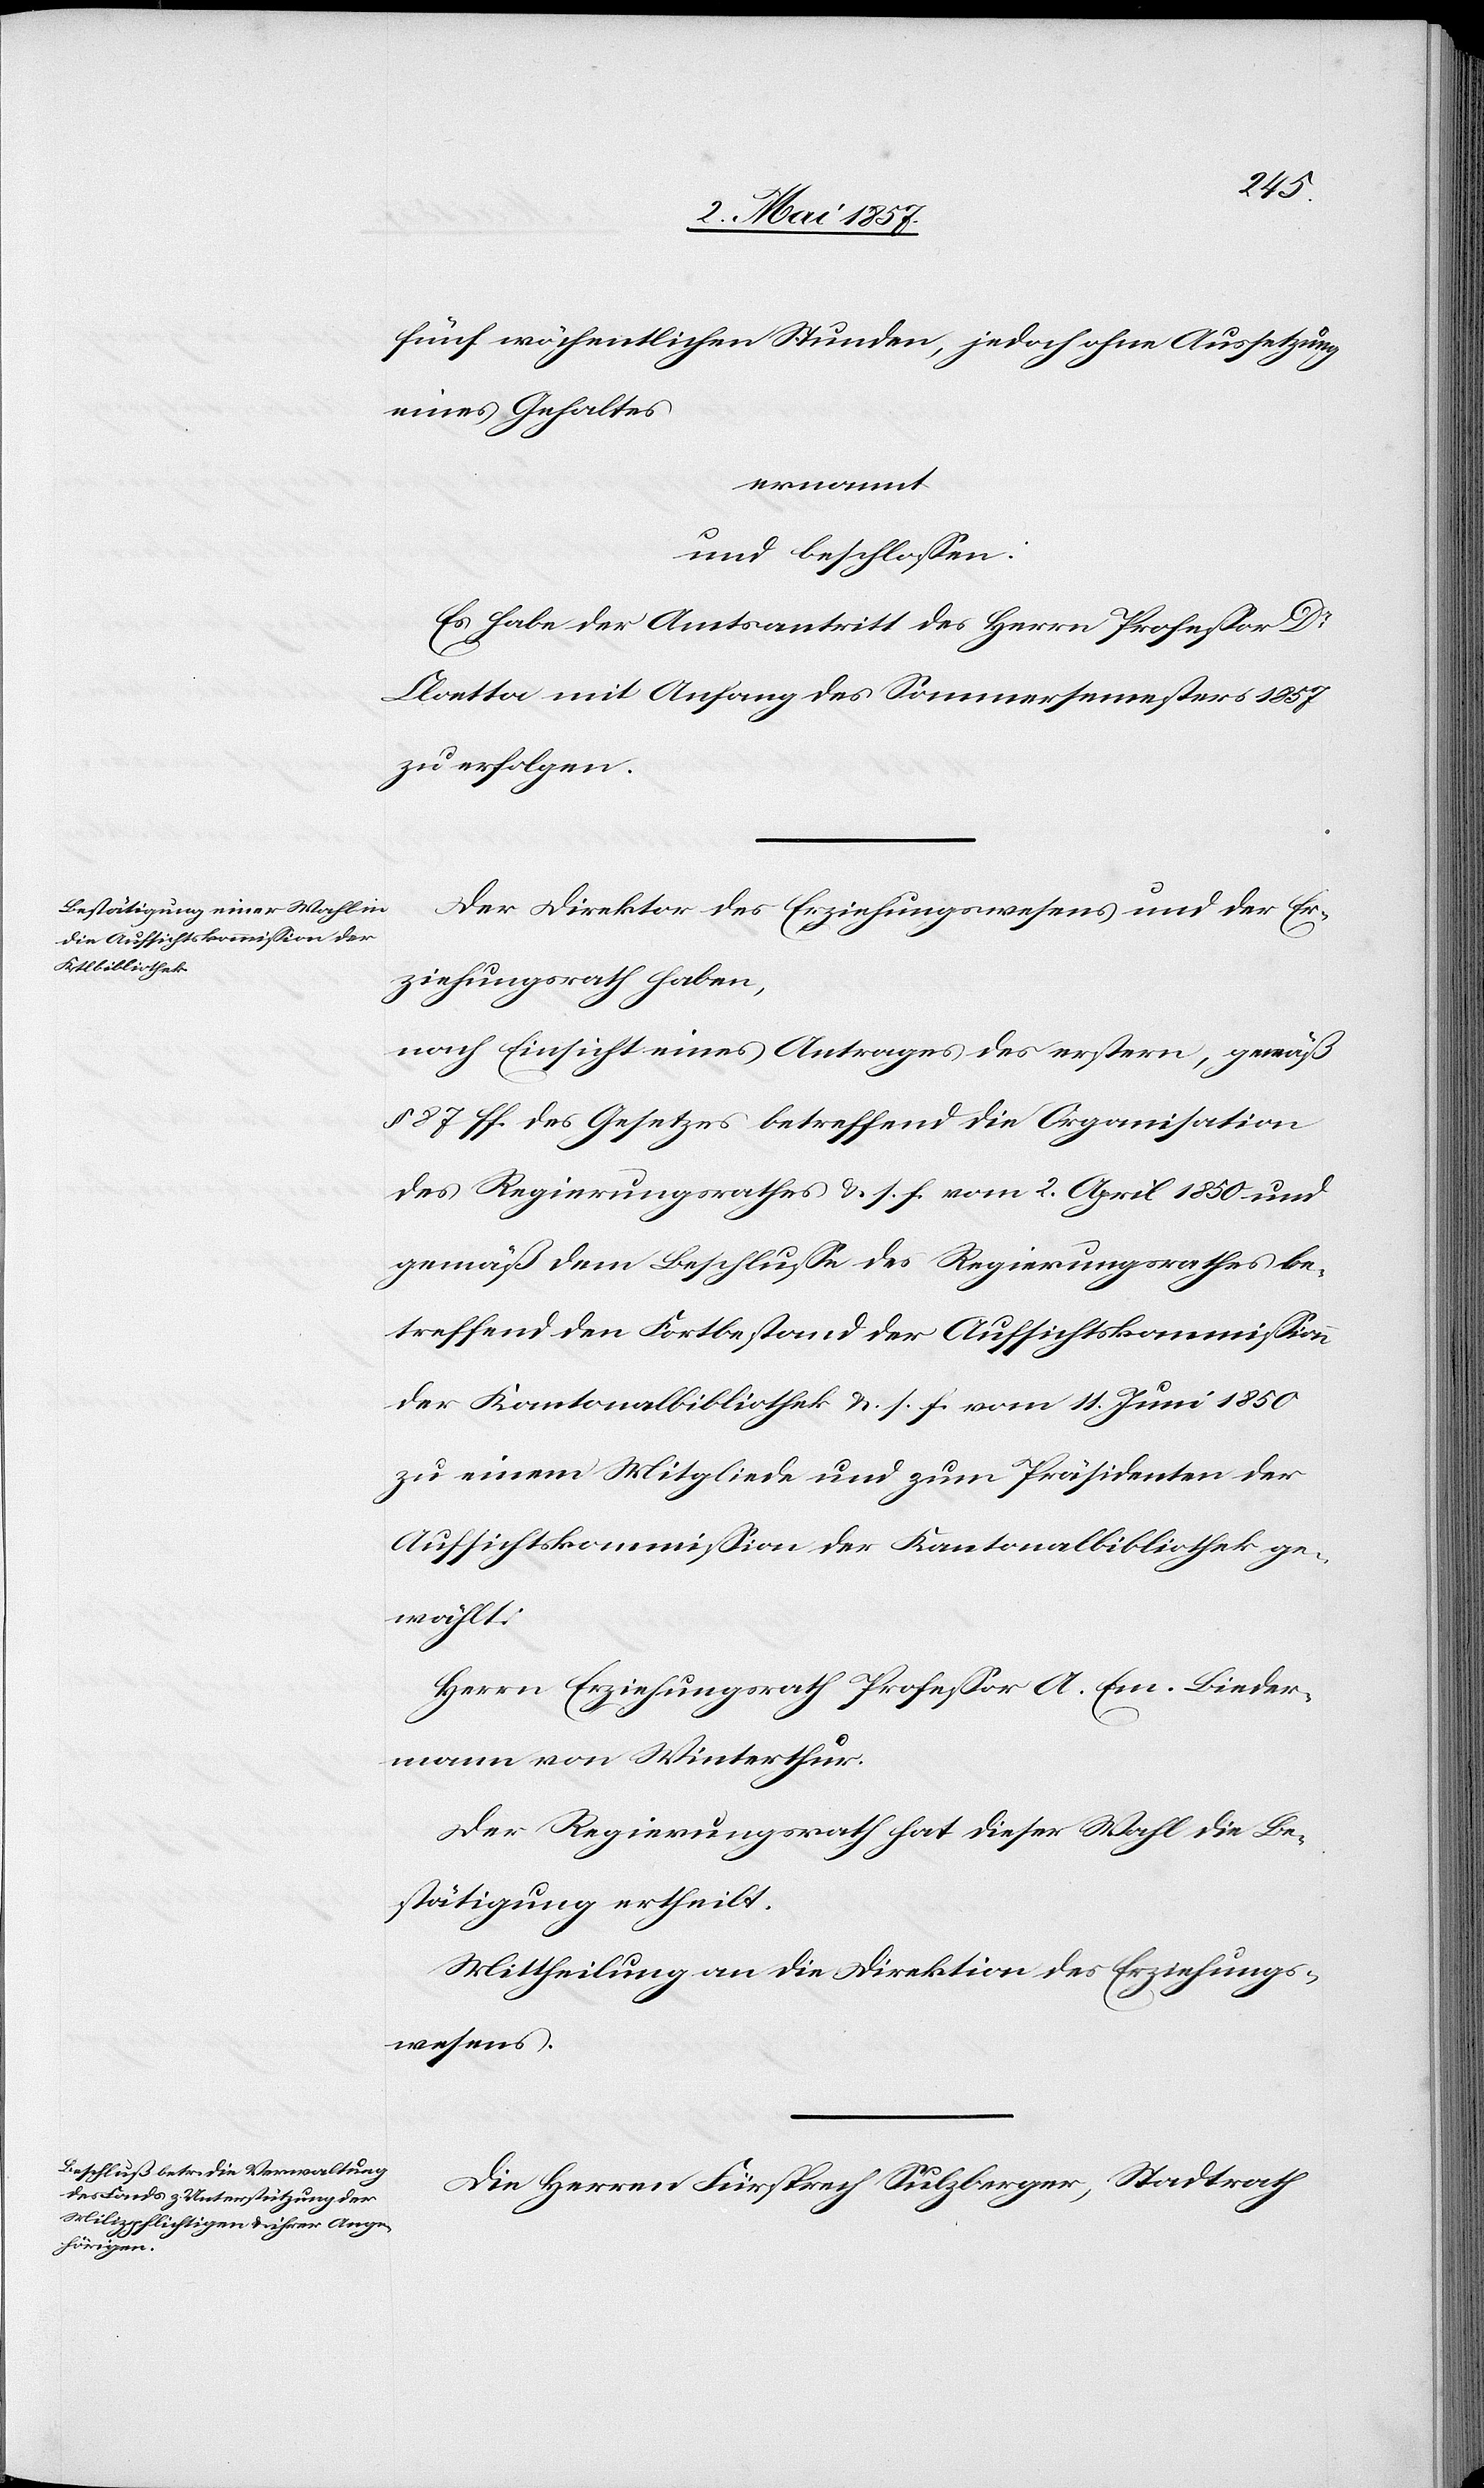
fünf wöchentlichen Stunden, jedoch ohne Aussetzung
eines Gehaltes
ernannt
und beschlossen:
Es habe der Amtsantritt des Herrn Professor Dr
Cloetta mit Anfang des Sommersemesters 1857
zu erfolgen.
Der Direktor des Erziehungswesens und der Er¬
ziehungsrath haben,
nach Einsicht eines Antrages des erstern, gemäß
§ 87 ff. des Gesetzes betreffend die Organisation
des Regierungsrathes &. s. f. vom 2 April 1850 und
gemäß dem Beschlusse des Regierungsrathes be¬
treffend den Fortbestand der Aufsichtskommission
der Kantonalbibliothek &. s. f. vom 11 Juni 1850
zu einem Mitgliede und zum Präsidenten der
Aufsichtskommission der Kantonalbibliothek ge¬
wählt:
Herrn Erziehungsrath Professor A. Em. Bieder¬
mann von Winterthur.
Der Regierungsrath hat dieser Wahl die Be¬
stätigung ertheilt.
Mittheilung an die Direktion des Erziehungs¬
wesens.
Die Herren Fürsprech Sulzberger, Stadtrath